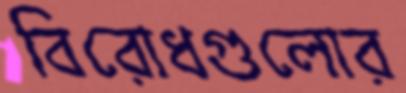
বিরোধগুলোর